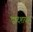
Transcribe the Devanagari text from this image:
द्वादशयश